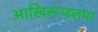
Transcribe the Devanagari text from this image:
आखि़रूज़ज़मा